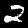
Label: 2